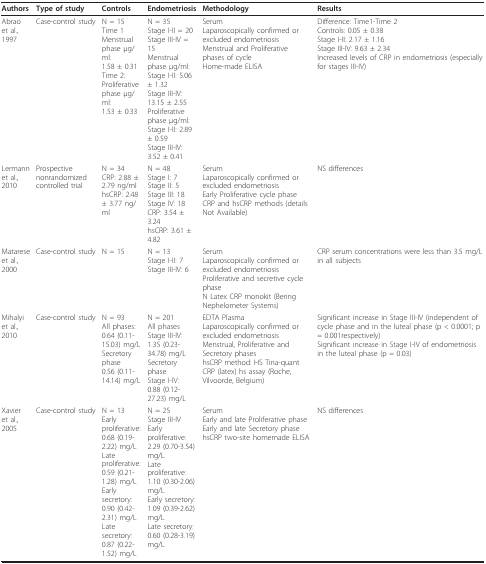
<table><thead><tr><td><b>Authors</b></td><td><b>Type of study</b></td><td><b>Controls</b></td><td><b>Endometriosis</b></td><td><b>Methodology</b></td><td><b>Results</b></td></tr></thead><tbody><tr><td>Abraoet al., 1997</td><td>Case-control study</td><td>N = 15Time 1Menstrual phase μg/ml:1.58 ± 0.31Time 2:Proliferative phase μg/ml:1.53 ± 0.33</td><td>N = 35Stage I-II = 20Stage III-IV = 15Menstrual phase μg/ml:Stage I-II: 5.06 ± 1.32Stage III-IV: 13.15 ± 2.55Proliferative phase μg/ml:Stage I-II: 2.89 ± 0.59Stage III-IV: 3.52 ± 0.41</td><td>SerumLaparoscopically confirmed or excluded endometriosisMenstrual and Proliferative phases of cycleHome-made ELISA</td><td>Difference: Time1-Time 2Controls: 0.05 ± 0.38Stage I-II: 2.17 ± 1.16Stage III-IV: 9.63 ± 2.34Increased levels of CRP in endometriosis (especially for stages III-IV)</td></tr><tr><td>Lermannet al., 2010</td><td>Prospective nonrandomized controlled trial</td><td>N = 34CRP: 2.88 ± 2.79 ng/mlhsCRP: 2.48 ± 3.77 ng/ml</td><td>N = 48Stage I: 7Stage II: 5Stage III: 18Stage IV: 18CRP: 3.54 ± 3.24hsCRP: 3.61 ± 4.82</td><td>SerumLaparoscopically confirmed or excluded endometriosisEarly Proliferative cycle phaseCRP and hsCRP methods (details Not Available)</td><td>NS differences</td></tr><tr><td>Matareseet al., 2000</td><td>Case-control study</td><td>N = 15</td><td>N = 13Stage I-II: 7Stage III-IV: 6</td><td>SerumLaparoscopically confirmed or excluded endometriosisProliferative and secretive cycle phaseN Latex CRP monokit (Bering Nephelometer Systems)</td><td>CRP serum concentrations were less than 3.5 mg/L in all subjects</td></tr><tr><td>Mihalyiet al., 2010</td><td>Case-control study</td><td>N = 93All phases:0.64 (0.11-15.03) mg/LSecretory phase0.56 (0.11-14.14) mg/L</td><td>N = 201All phasesStage III-IV:1.35 (0.23-34.78) mg/LSecretory phaseStage I-IV:0.88 (0.12-27.23) mg/L</td><td>EDTA PlasmaLaparoscopically confirmed or excluded endometriosisMenstrual, Proliferative and Secretory phaseshsCRP method: HS Tina-quant CRP (latex) hs assay (Roche, Vilvoorde, Belgium)</td><td>Significant increase in Stage III-IV (independent of cycle phase and in the luteal phase (p &lt; 0.0001; p = 0.001respectively)Significant increase in Stage I-IV of endometriosis in the luteal phase (p = 0.03)</td></tr><tr><td>Xavieret al., 2005</td><td>Case-control study</td><td>N = 13Early proliferative:0.68 (0.19-2.22) mg/LLate proliferative:0.59 (0.21-1.28) mg/LEarly secretory:0.90 (0.42-2.31) mg/LLate secretory:0.87 (0.22-1.52) mg/L</td><td>N = 25Stage III-IVEarly proliferative:2.29 (0.70-3.54) mg/LLate proliferative:1.10 (0.30-2.06) mg/LEarly secretory:1.09 (0.39-2.62) mg/LLate secretory:0.60 (0.28-3.19) mg/L</td><td>SerumEarly and late Proliferative phaseEarly and late Secretory phasehsCRP two-site homemade ELISA</td><td>NS differences</td></tr></tbody></table>